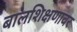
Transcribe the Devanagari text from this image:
बालशिक्षणावर